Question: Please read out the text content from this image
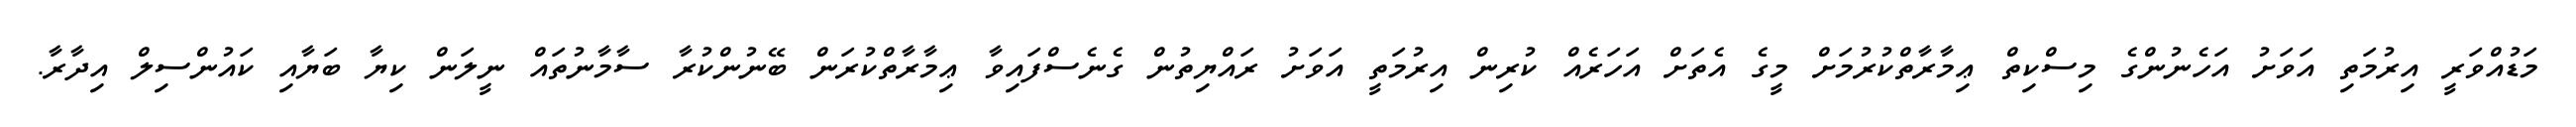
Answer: މަޑުއްވަރީ އިރުމަތި އަވަށު އަހެނުންގެ މިސްކިތް ޢިމާރާތްކުރުމަށް މީގެ އެތަށް އަހަރެއް ކުރިން އިރުމަތީ އަވަށު ރައްޔިތުން ގެނެސްފައިވާ ޢިމާރާތްކުރަން ބޭނުންކުރާ ސާމާނުތައް ނީލަން ކިޔާ ބަޔާއި ކައުންސިލް އިދާރާ.